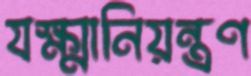
যক্ষ্মানিয়ন্ত্রণ